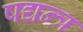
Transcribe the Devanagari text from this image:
षद्यन्त्र